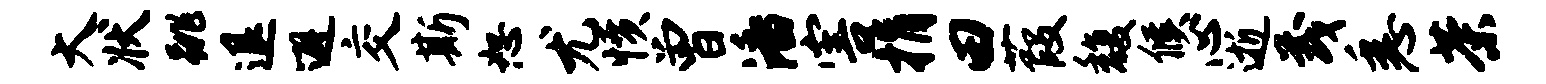
大状跳退避交斯恕尤愤曾潘害捐田葭馥候心逝茂悉茶